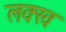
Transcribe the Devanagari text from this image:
लक्ख